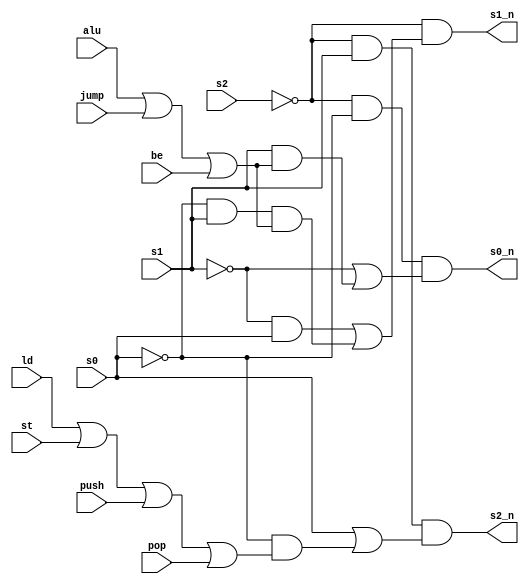
module next_state(
    input alu, ld, st, push, pop, jump, be, s2, s1, s0,
    output s2_n, s1_n, s0_n);

    assign s0_n = (~s2) & (~s0) & ((~s1) | (s1 & (alu | jump | be)));
    assign s1_n = (~s2) & (((~s1) & s0) | (((~s0) & s1) & (alu | jump | be)));
    assign s2_n = (~s2) & s1 & (s0 | ((~s0) & (ld | st | push | pop)));
endmodule